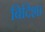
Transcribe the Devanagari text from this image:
बिदिशा